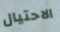
الاحتيال